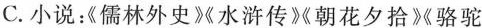
C.小说：《儒林外史》水浒传《朝花夕拾》骆驼